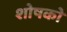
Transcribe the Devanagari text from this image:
शोषको